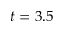
t = 3 . 5